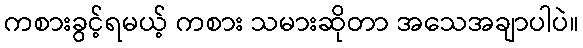
ကစားခွင့်ရမယ့် ကစား သမားဆိုတာ အသေအချာပါပဲ။